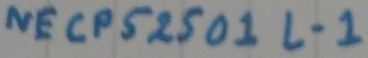
Text: NECPS250 1L